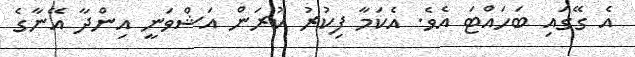
އެ ގޭގައި ބަހައްޓަ އެވެ. އެކަމާ ފިކުރު ކުރަން އަޝްވަނީ އިންދާ އޭނާގެ